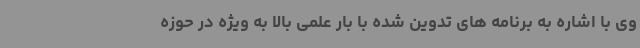
وی با اشاره به برنامه های تدوین شده با بار علمی بالا به ویژه در حوزه